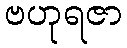
ဗဟုရဇာ